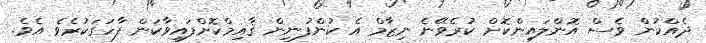
ދެއްކުން ވެސް އޮންލައިންކޮށް ކުރެވޭނެ ނިޒާމް އެ ކުންފުނިން ޤާއިމްކޮށްފައިވާކަން ފާހަގަކުރެވެ އެވެ.